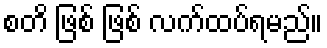
စတိ ဖြစ် ဖြစ် လက်ထပ်ရမည်။